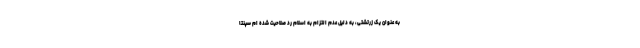
به عنوان یک زرتشتی، به دلیل عدم التزام به اسلام رد صلاحیت شده ام سپنتا